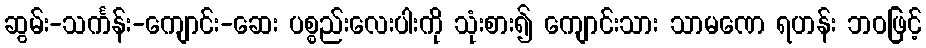
ဆွမ်း-သင်္ကန်း-ကျောင်း-ဆေး ပစ္စည်းလေးပါးကို သုံးစား၍ ကျောင်းသား သာမဏေ ရဟန်း ဘဝဖြင့်